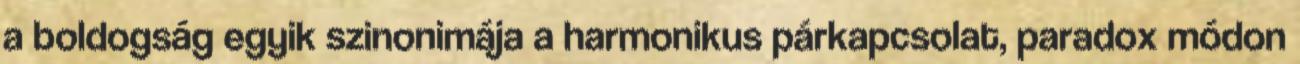
a boldogság egyik szinonimája a harmonikus párkapcsolat, paradox módon